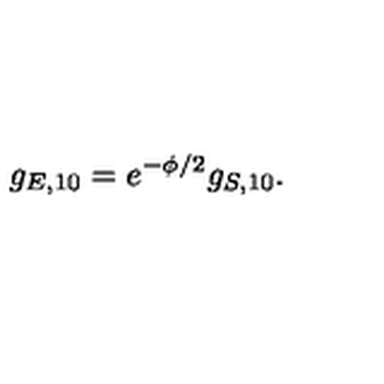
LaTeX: g _ { E , 1 0 } = e ^ { - \phi / 2 } g _ { S , 1 0 } .